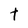
Character: t